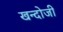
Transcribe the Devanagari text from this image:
खन्दोजी